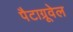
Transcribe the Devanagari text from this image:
पैटाग्रूवेल